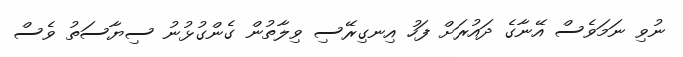
ނުވި ނަމަވެސް އޭނާގެ ދައުރަށް ފަހު އިނގިރޭސި ވިލާތުން ގެންގުޅުނު ސިޔާސަތު ވެސް